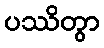
ပဿိတွာ